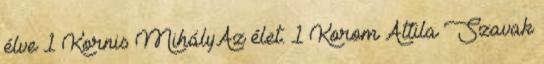
élve 1 Kornis MihályAz élet. 1 Korom Attila Szavak